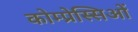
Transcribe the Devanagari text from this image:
कोम्प्रेस्सिओं